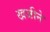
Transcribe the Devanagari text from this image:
खजीने